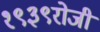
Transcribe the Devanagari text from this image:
१९३९रोजी